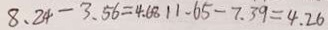
8 . 2 4 - 3 . 5 6 = 4 . 6 8 1 1 . 6 5 - 7 . 3 9 = 4 . 2 6